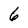
Character: 6